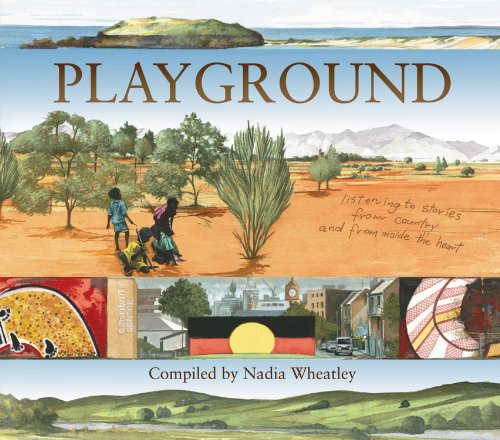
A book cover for Playground; Nadia Wheatley; Children's Books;